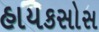
હાયકસોસ